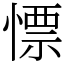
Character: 慓